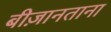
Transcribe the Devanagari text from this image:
बीज़ानताना